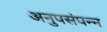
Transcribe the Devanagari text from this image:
अनुपसंपन्न